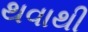
થવાથી